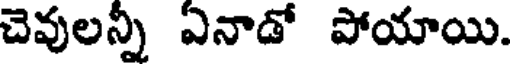
చెవులన్నీ ఏనాడో పోయాయి.